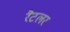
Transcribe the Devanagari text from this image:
रैटलर